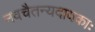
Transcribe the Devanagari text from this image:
नवचैतन्यदायकाः